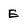
Character: E